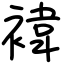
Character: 褘